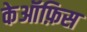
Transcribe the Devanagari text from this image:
केऑफ़िस